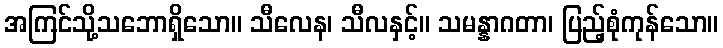
အကြင်သို့သဘောရှိသော။ သီလေန၊ သီလနှင့်။ သမန္နာဂတာ၊ ပြည့်စုံကုန်သော။